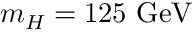
m _ { H } = 1 2 5 \ \mathrm { G e V }